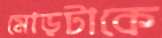
মোড়টাকে